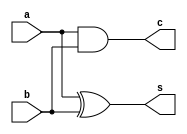
`timescale 1ns / 1ps
//////////////////////////////////////////////////////////////////////////////////
// Company: 
// Engineer: 
// 
// Design Name: 
// Module Name: HA
// Project Name: 
// Target Devices: 
// Tool Versions: 
// Description: 
// 
// Dependencies: 
// 
// Revision:
// Revision 0.01 - File Created
// Additional Comments:
// 
//////////////////////////////////////////////////////////////////////////////////


module HA(s,c,a,b);
input a,b;
output s,c;

xor xor1(s,a,b);
and and1(c,a,b);

endmodule